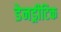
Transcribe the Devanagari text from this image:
डेनड्रीटिक